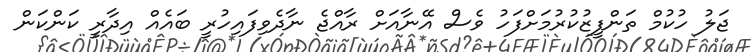
ޖަލު ހުކުމް ތަންފީޒުކުރުމަށްފަހު ވެސް އޭނާއަށް ރާއްޖެ ނާދެވިފައިހުރީ ބައެއް އިދާރީ ކަންކަން